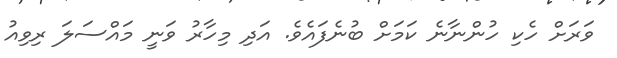
ވަރަށް ހެކި ހުންނާނެ ކަމަށް ބުނެފައެވެ. އަދި މިހާރު ވަނީ މައްސަލަ ރިވިއު